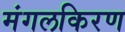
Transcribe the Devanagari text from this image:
मंगलकिरण